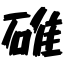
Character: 碓